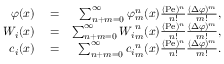
\begin{array} { r l r } { \varphi ( x ) } & { { } = } & { \sum _ { n + m = 0 } ^ { \infty } { \varphi } _ { m } ^ { n } ( x ) \frac { ( \mathrm { P e } ) ^ { n } } { n ! } \frac { ( \Delta \varphi ) ^ { m } } { m ! } , } \\ { W _ { i } ( x ) } & { { } = } & { \sum _ { n + m = 0 } ^ { \infty } { W _ { i } } _ { m } ^ { n } ( x ) \frac { ( \mathrm { P e } ) ^ { n } } { n ! } \frac { ( \Delta \varphi ) ^ { m } } { m ! } , } \\ { c _ { i } ( x ) } & { { } = } & { \sum _ { n + m = 0 } ^ { \infty } { c _ { i } } _ { m } ^ { n } ( x ) \frac { ( \mathrm { P e } ) ^ { n } } { n ! } \frac { ( \Delta \varphi ) ^ { m } } { m ! } . } \end{array}